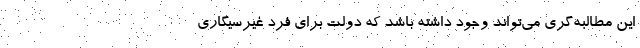
این مطالبه‌گری می‌تواند وجود داشته باشد که دولت برای فرد غیرسیگاری